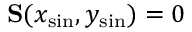
\mathbf { S } ( x _ { \mathrm { s i n } } , y _ { \mathrm { s i n } } ) = 0